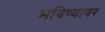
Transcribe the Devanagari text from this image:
भविष्यावर